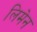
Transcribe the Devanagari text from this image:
लिमेन